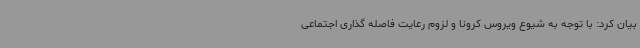
بیان کرد: با توجه به شیوع ویروس کرونا و لزوم رعایت فاصله گذاری اجتماعی